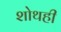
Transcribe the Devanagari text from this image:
शोथही